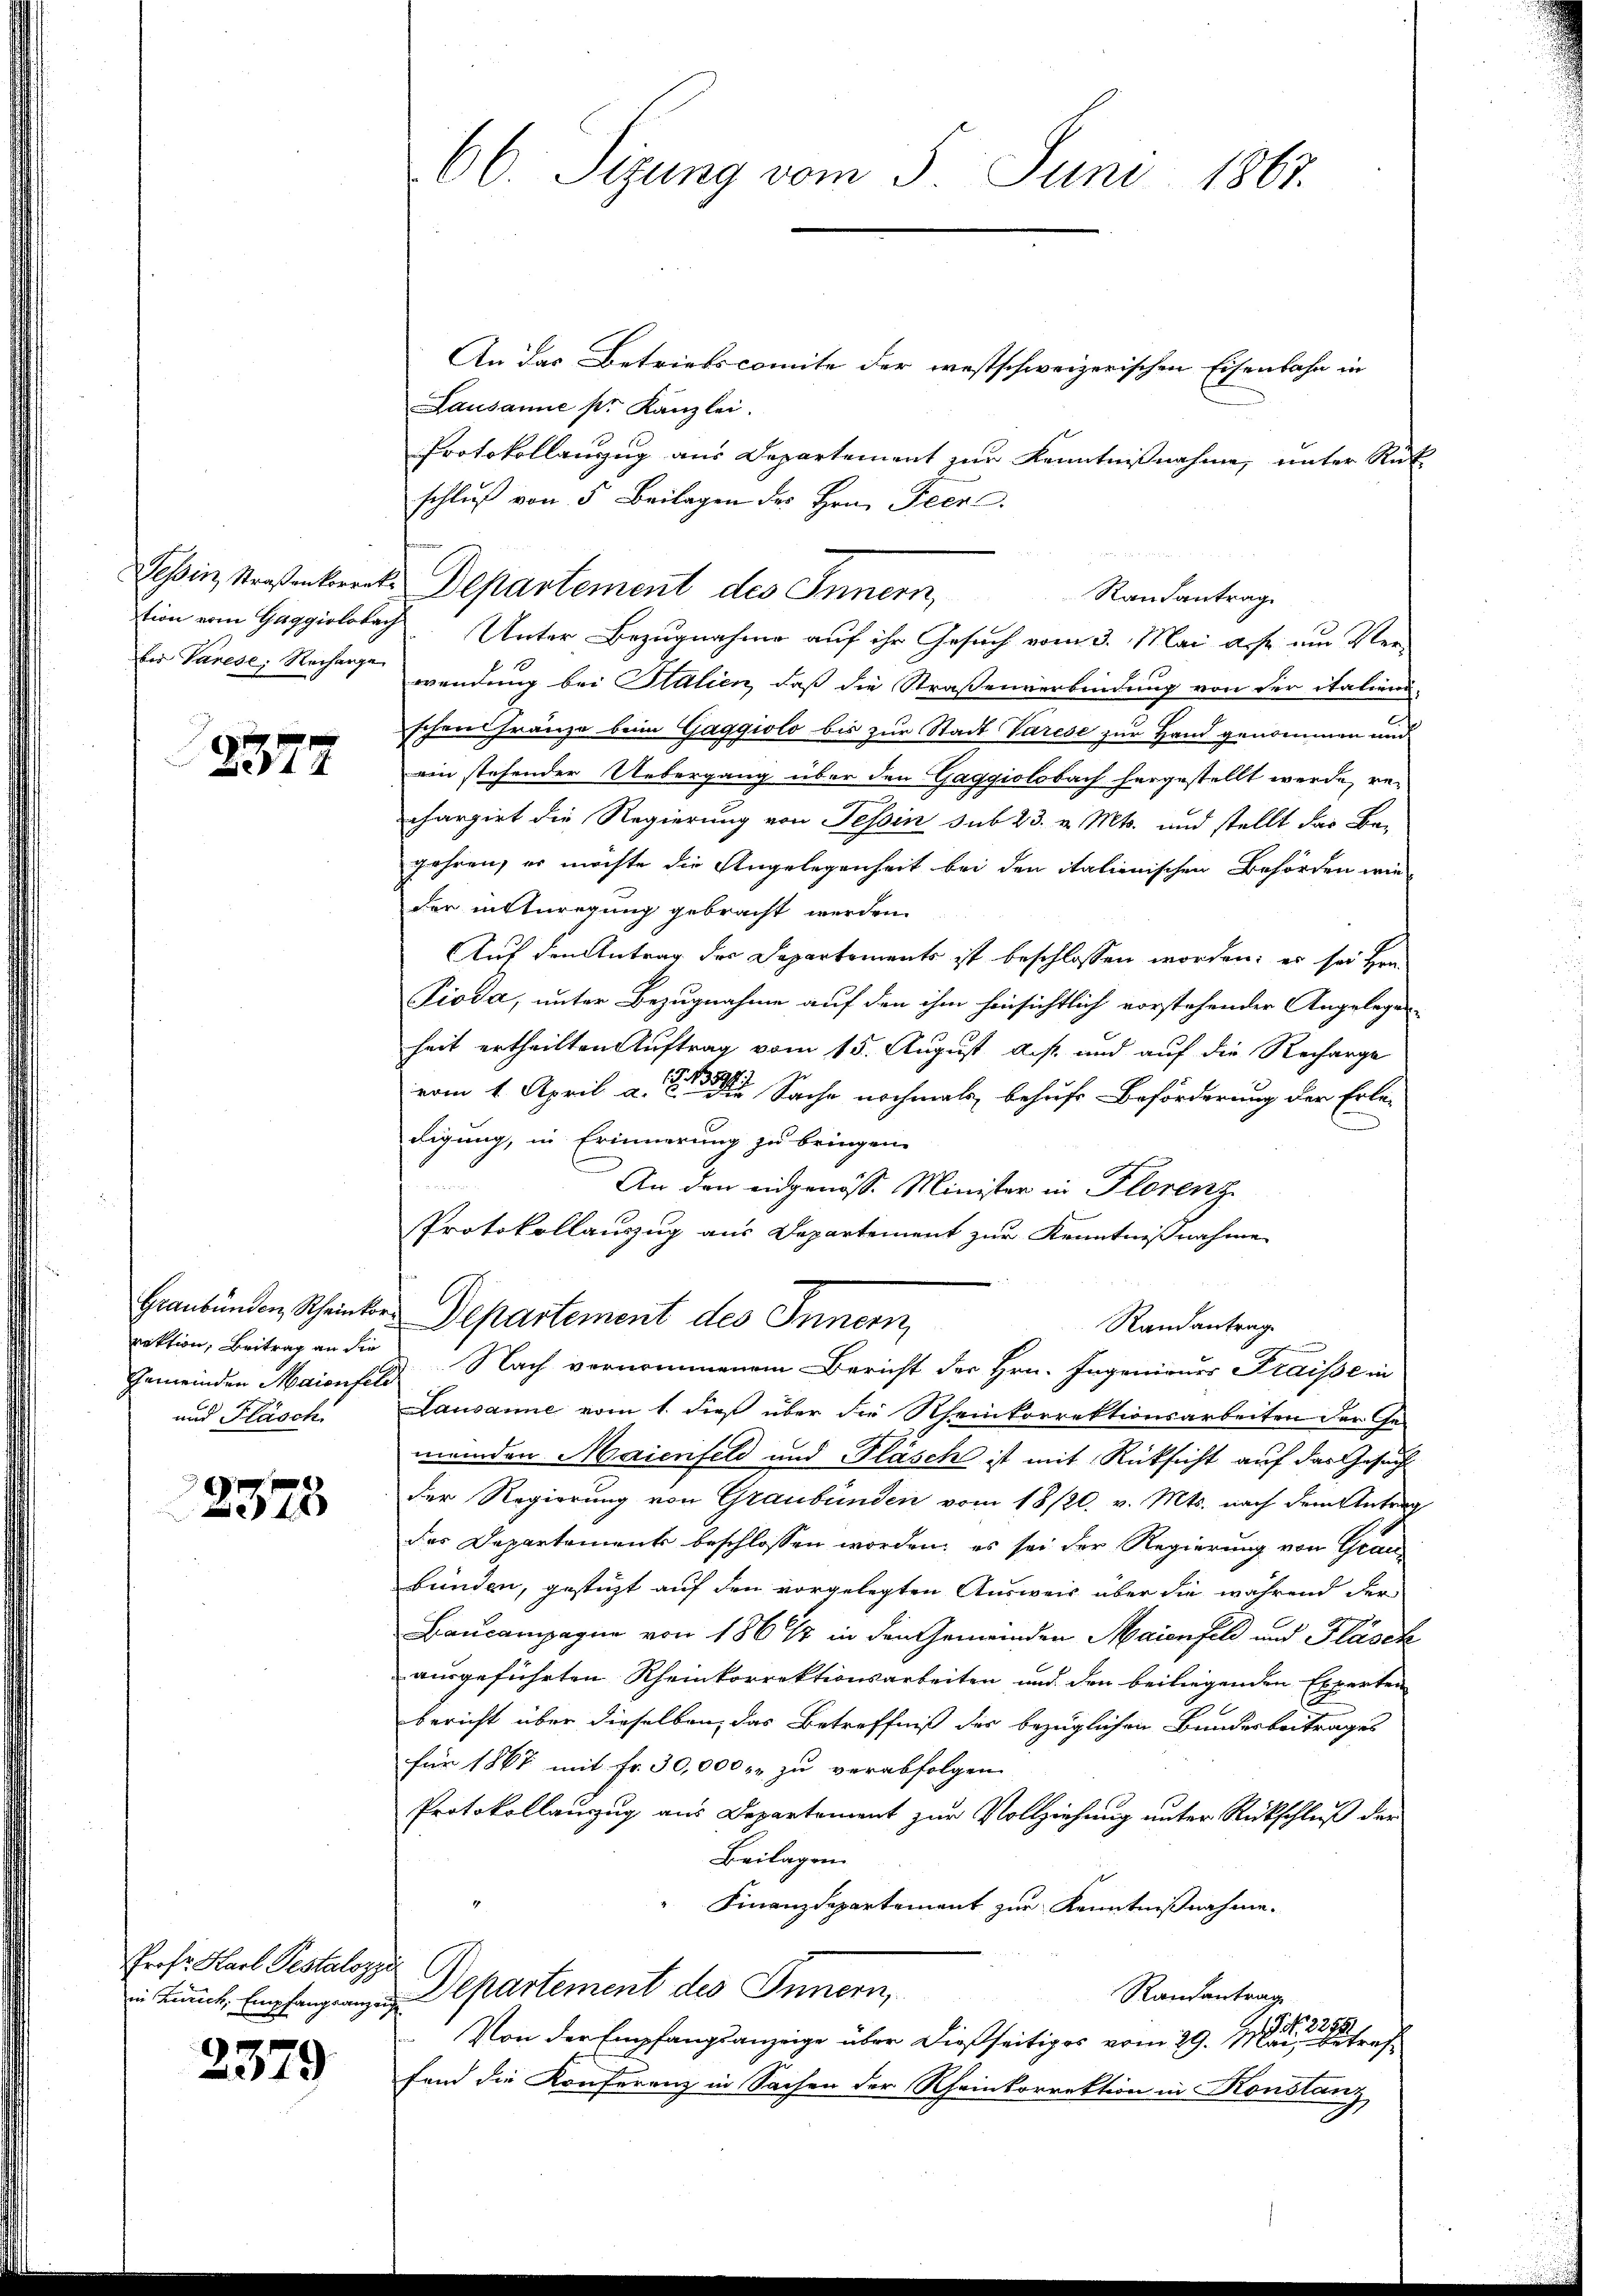
2377

rektion, Beitrag an die
und Fläsch

)
2578

Prof. Karl Pestalozzi

2379

An das Betriebscomite der westschweizerischen Eisenbahn in
Lausanne pr. Kanzlei.
Protokollanzug aus Departement zur Kenntnißnahme, unter Rück-
schluß von 5 Beilagen des Hrn. Peene.
tion von Gaggiolobach. Unter Bezugnahme auf ihr Gesuch vom 3. Mai asse um Ver-
bie Parese, Recharge wendung bei Stalien, daß die Straßenverbindung von der italien-
schein Franze beim Gaggiolo bis zur Stadt Varese zur Hand genommen und
ain stehender Uebergang über den Gaggiolobach hergestellt werde, rechargirt die Regierung von Tessin sub 23. v. Mts. und stellt das Begehren, er möchte die Angelegenheit bei den italienischen Behörden wie
der instüregung gebracht werden.
Auf den Antrag des Departements ist beschlossen worden; es sei Hrn.
Pioda, unter Bezugnahme auf den ihm hinsichtlich vorstehender Angelegenheit ertheilten Auftrag vom 15. August d. s. und auf die Recharge
1
vom 1. April a. die Sache nochmals behufs Beförderung der Erle-
digung, in Erinnerung zu bringen.
d
An den eidgenöss. Minister in Florenz
Protokollauszug aus Departement zur Kenntnißnahme
Graubünden Scheinter Departement des Innern,
Randantrag
Gemeinden Maienfeld Nach vernommenem Bericht der Hrn. Ingenieurs Fraisse in
Lausanne vom 1. dieß über die Rheinkorrektionsarbeiten der Ge-
meinden Maienfeld und Fläsch ist mit Rücksicht auf das Gesucht
der Regierung von Graubünden vom 18/20. v. Mts. nach dem Antrag
des Departement beschlossen worden; es sei der Regierung von Grau
bunden, gesteht auf den vorgelegten Ausweis über die während der
Baucampagna von 186 % in den Gemeinden Maienfeld und Fläsch
ausgeführten Rheinkorrektionsarbeiten und den beiliegenden Experten
bericht über dieselben das Betreffniß der bezüglichen Bundesbeitrages
für 1867 mit Fr. 30,000 fr zu verabfolgen
Protokollanzug aus Departement zur Vollziehung unter Rückschluß der
Beilagen.
Finanzdepartement zur Kenntnißnahme.
in Tit. Empfang an Departement des Innern,
Rautantrage
N 22881
 Von der Empfangsanzeige über dießseitiges vom 29. Mai, betreffand die Konferenz in Sachen der Rheinkorrektion in Konstanz

66. Sezung vom 5. Juni 1867.

Tessin, Straßenberats Departement des Innern,

Rautantrag